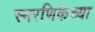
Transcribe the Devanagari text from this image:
स्मरणिकेच्या